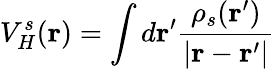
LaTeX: V_{H}^{s}(\mathbf{r})=\int d\mathbf{r}^{\prime}\frac{\rho_{s}(\mathbf{r}^{\prime})}{|\mathbf{r}-\mathbf{r}^{\prime}|}